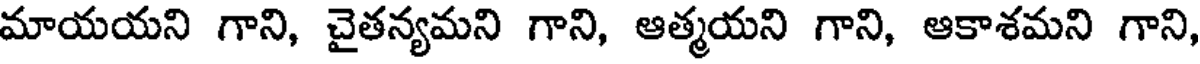
మాయయని గాని, చైతన్యమని గాని, ఆత్మయని గాని, ఆకాశమని గాని,